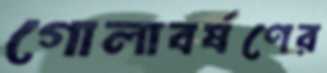
গোলাবর্ষণের